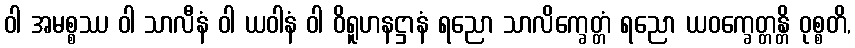
ဝါ အမစ္စဿ ဝါ သာလီနံ ဝါ ယဝါနံ ဝါ ဝိရူဟနဋ္ဌာနံ ရညော သာလိက္ခေတ္တံ ရညော ယဝက္ခေတ္တန္တိ ဝုစ္စတိ,